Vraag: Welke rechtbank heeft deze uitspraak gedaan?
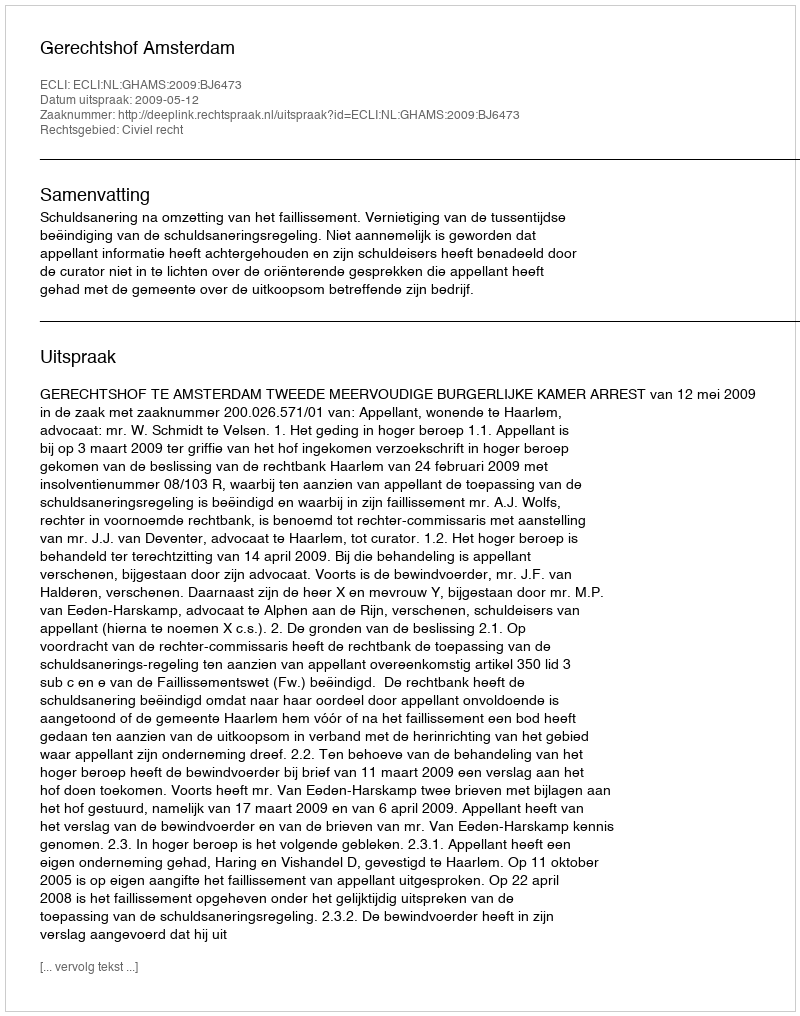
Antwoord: Gerechtshof Amsterdam